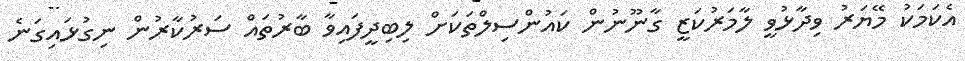
އެކަމަކު މޭޔަރު ވިދާޅުވީ ލާމަރުކަޒީ ގާނޫނުން ކައުންސިލްތަކަށް ލިބިދީފައިވާ ބާރުތައް ސަރުކާރުން ނިގުޅައިގަނެ